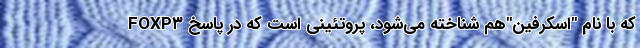
FOXP۳ که با نام "اِسکرفین"هم شناخته می‌شود، پروتئینی است که در پاسخ